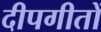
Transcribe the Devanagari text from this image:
दीपगीतों